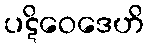
ပဋိဝေဒေဟိ